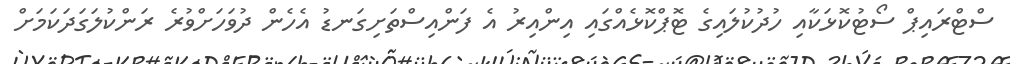
ސްޓްރައިޕް ސޯޓުކޮޅަކާއި ހުދުކުލައިގެ ޓޮޕްކޮޅެއްގައި އިންއިރު އެ ފަންއިސްތަށިގަނޑު އެހެން ދުވަހަށްވުރެ ރަންކުލަގަދަކަމަށް